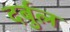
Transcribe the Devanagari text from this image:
दर्बुल